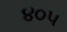
૪૦૫